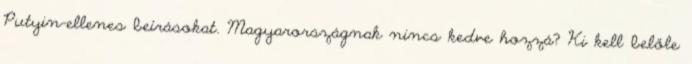
Putyin-ellenes beírásokat. Magyarországnak nincs kedve hozzá? Ki kell belőle